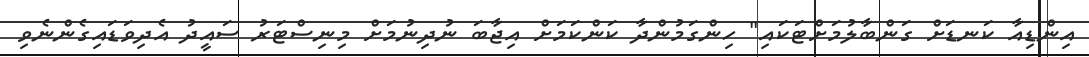
އިންޑިއާ ކަނޑަށް ގަންބާލުމަށްޓަކައި" ހިންގަމުންދާ ކަންކަމަށް އިޖާބަ ނުދިނުމަށް މިނިސްޓަރު ސައީދު އެދިވަޑައިގެންނެވި